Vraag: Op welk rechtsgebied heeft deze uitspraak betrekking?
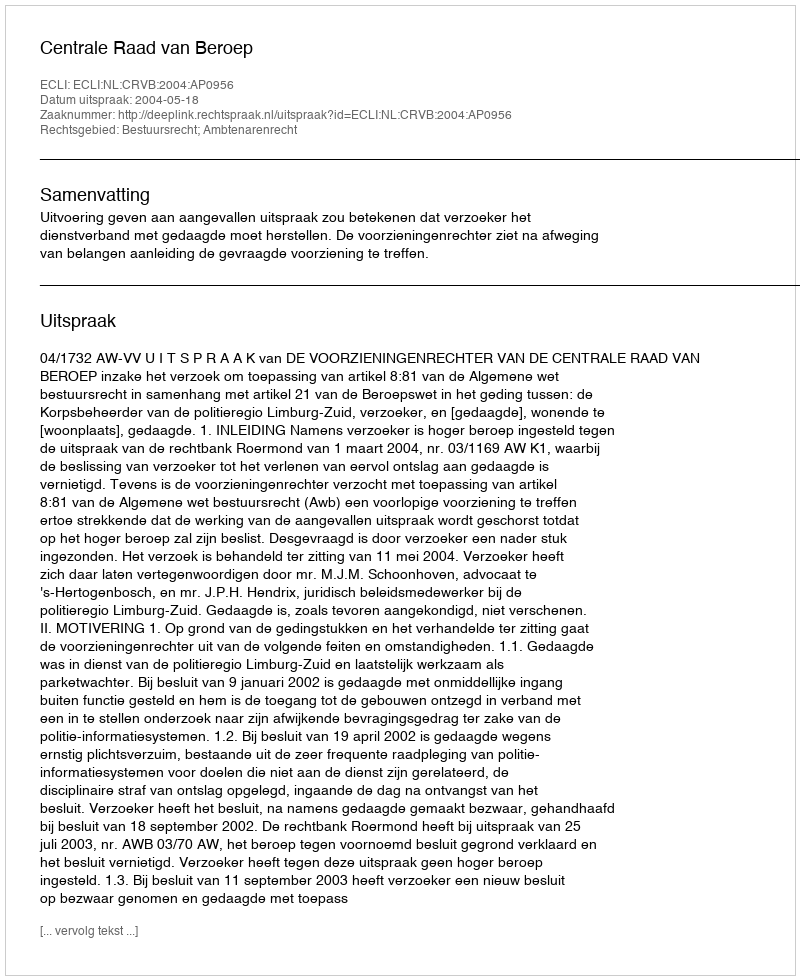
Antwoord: Bestuursrecht; Ambtenarenrecht